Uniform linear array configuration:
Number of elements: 48
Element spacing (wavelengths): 0.75
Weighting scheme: exponential
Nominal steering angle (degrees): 0
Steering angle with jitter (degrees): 0.5218
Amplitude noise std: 0.05
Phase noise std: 0.05

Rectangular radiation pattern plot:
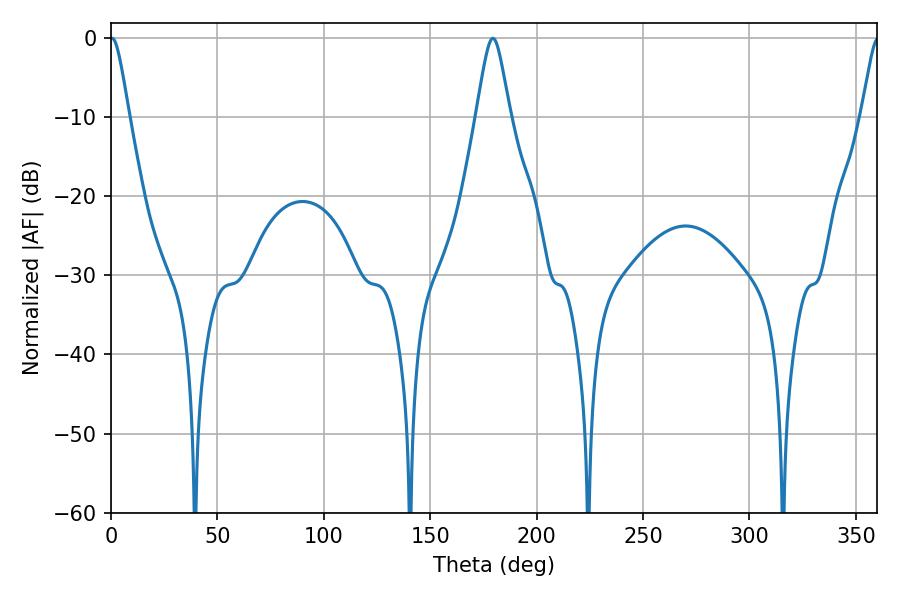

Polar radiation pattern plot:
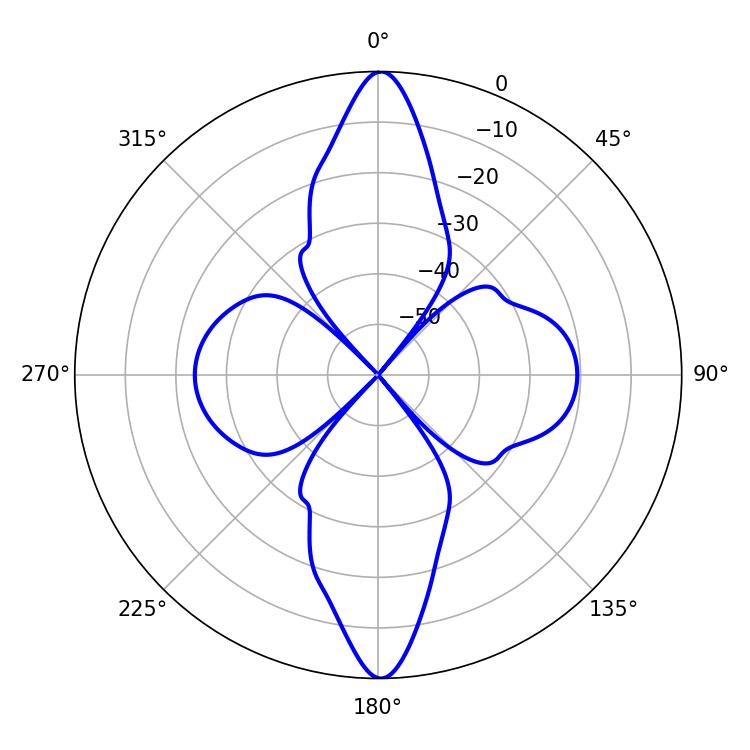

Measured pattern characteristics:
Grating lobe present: TRUE
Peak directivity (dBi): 27.311
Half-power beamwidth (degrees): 4.32
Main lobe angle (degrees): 0.54